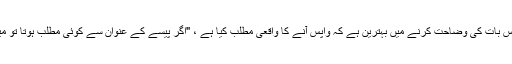
شاید ٹائیگر کا یہ حوالہ اس بات کی وضاحت کرنے میں بہترین ہے کہ واپس آنے کا واقعی مطلب کیا ہے ، "اگر پیسے کے عنوان سے کوئی مطلب ہوتا تو میں زیادہ ٹورنامنٹ کھیلتا۔